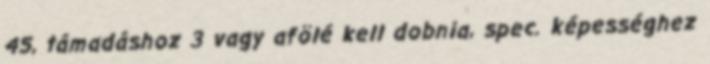
45, támadáshoz 3 vagy afölé kell dobnia, spec. képességhez